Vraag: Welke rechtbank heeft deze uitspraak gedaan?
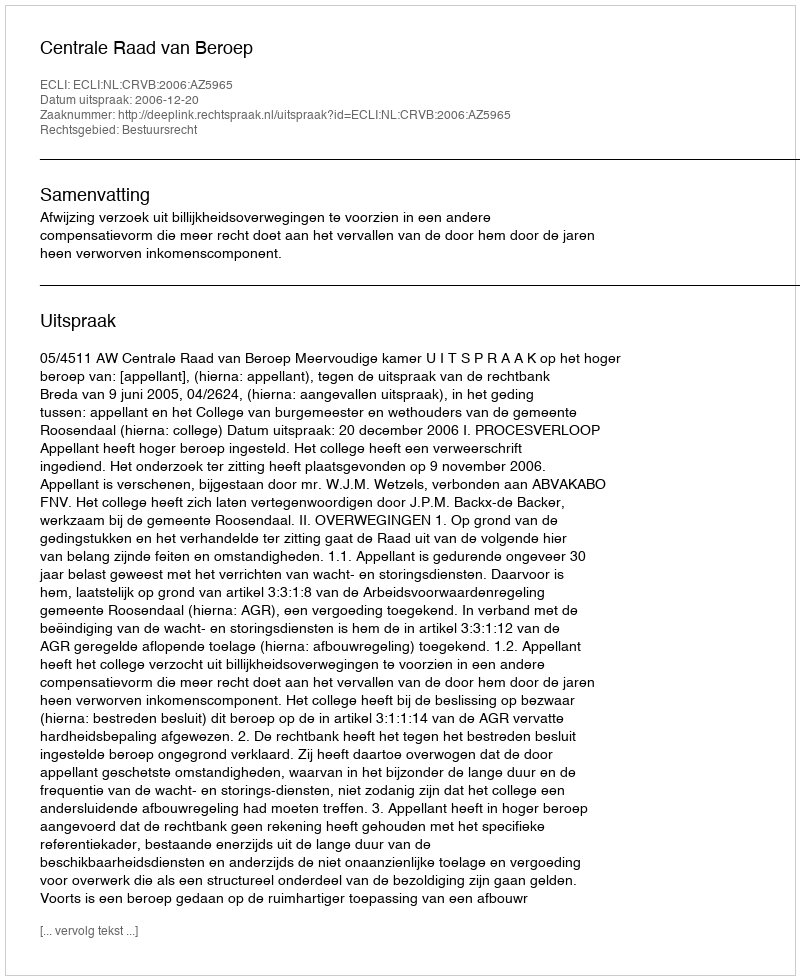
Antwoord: Centrale Raad van Beroep